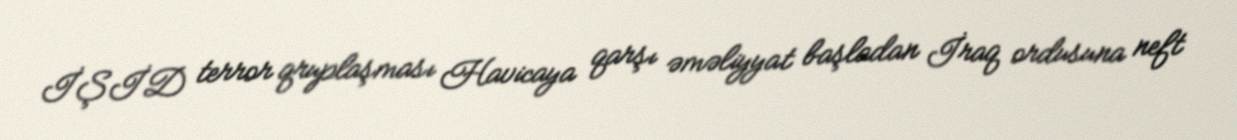
İŞİD terror qruplaşması Havicaya qarşı əməliyyat başladan İraq ordusuna neft